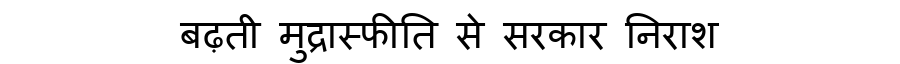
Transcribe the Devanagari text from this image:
बढ़ती मुद्रास्फीति से सरकार निराश